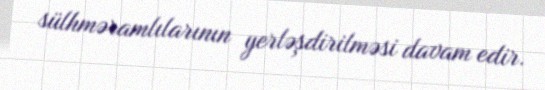
sülhməramlılarının yerləşdirilməsi davam edir.